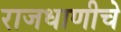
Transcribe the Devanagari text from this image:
राजधाणीचे